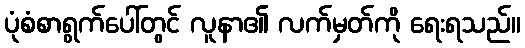
ပုံစံစာရွက်ပေါ်တွင် လူနာ၏ လက်မှတ်ကို ရေးရသည်။